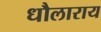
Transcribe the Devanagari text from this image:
धौलाराय